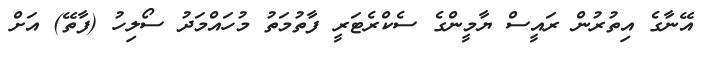
އޭނާގެ އިތުރުން ރައީސް ޔާމީންގެ ސެކްރެޓަރީ ފާތުމަތު މުހައްމަދު ސޯލިހު (ފާތޭ) އަށް